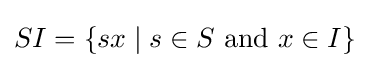
SI=\{sx\mid s\in S{\text{ and }}x\in I\}